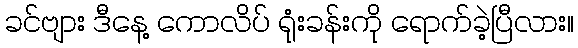
ခင်ဗျား ဒီနေ့ ကောလိပ် ရုံးခန်းကို ရောက်ခဲ့ပြီလား။